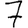
Digit: 7